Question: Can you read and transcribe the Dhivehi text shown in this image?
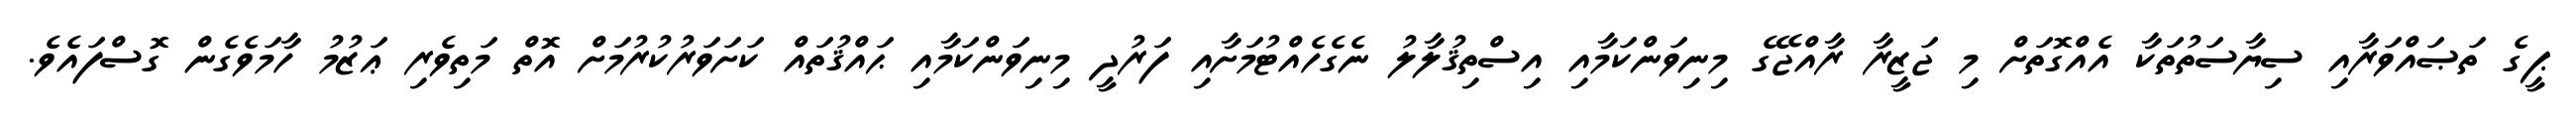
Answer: ޕީގެ ތަޞައްވަރާއި ސިޔާސަތުތަކާ އެއްގޮތަށް މި ޖަޒީރާ ރާއްޖޭގެ މިނިވަންކަމާއި އިސްތިޤުލާލު ނެގެހެއްޓުމަށާއި ފަރުދީ މިނިވަންކަމާއި ޙައްޤުތައް ކަށަވަރުކުރުމަށް އޮތް މަތިވެރި ޢަޒުމު ހާމަވެގެން ގޮސްފައެވެ.